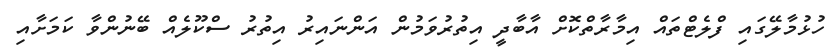
ހުޅުމާލޭގައި ފްލެޓްތައް އިމާރާތްކޮށް އާބާދީ އިތުރުވަމުން އަންނައިރު އިތުރު ސްކޫލެއް ބޭނުންވާ ކަމަށާއި